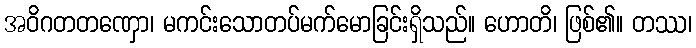
အဝိဂတတဏှော၊ မကင်းသောတပ်မက်မောခြင်းရှိသည်။ ဟောတိ၊ ဖြစ်၏။ တဿ၊